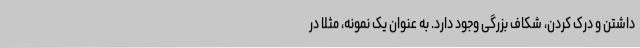
داشتن و درک کردن، شکاف بزرگی وجود دارد. به عنوان یک نمونه، مثلاً در